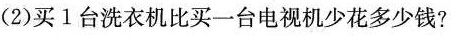
(2)买1台洗衣机比买一台电视机少花多少钱?